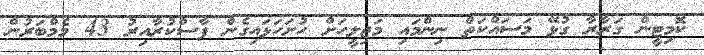
ކޮމިޓީން ގަރާރާ ގުޅޭ މަސައްކަތް ނިންމައި މަޖިލީހަށް ހުށަހަޅައިގެން ފާސްކުރާއިރު 43 މެމްބަރުން